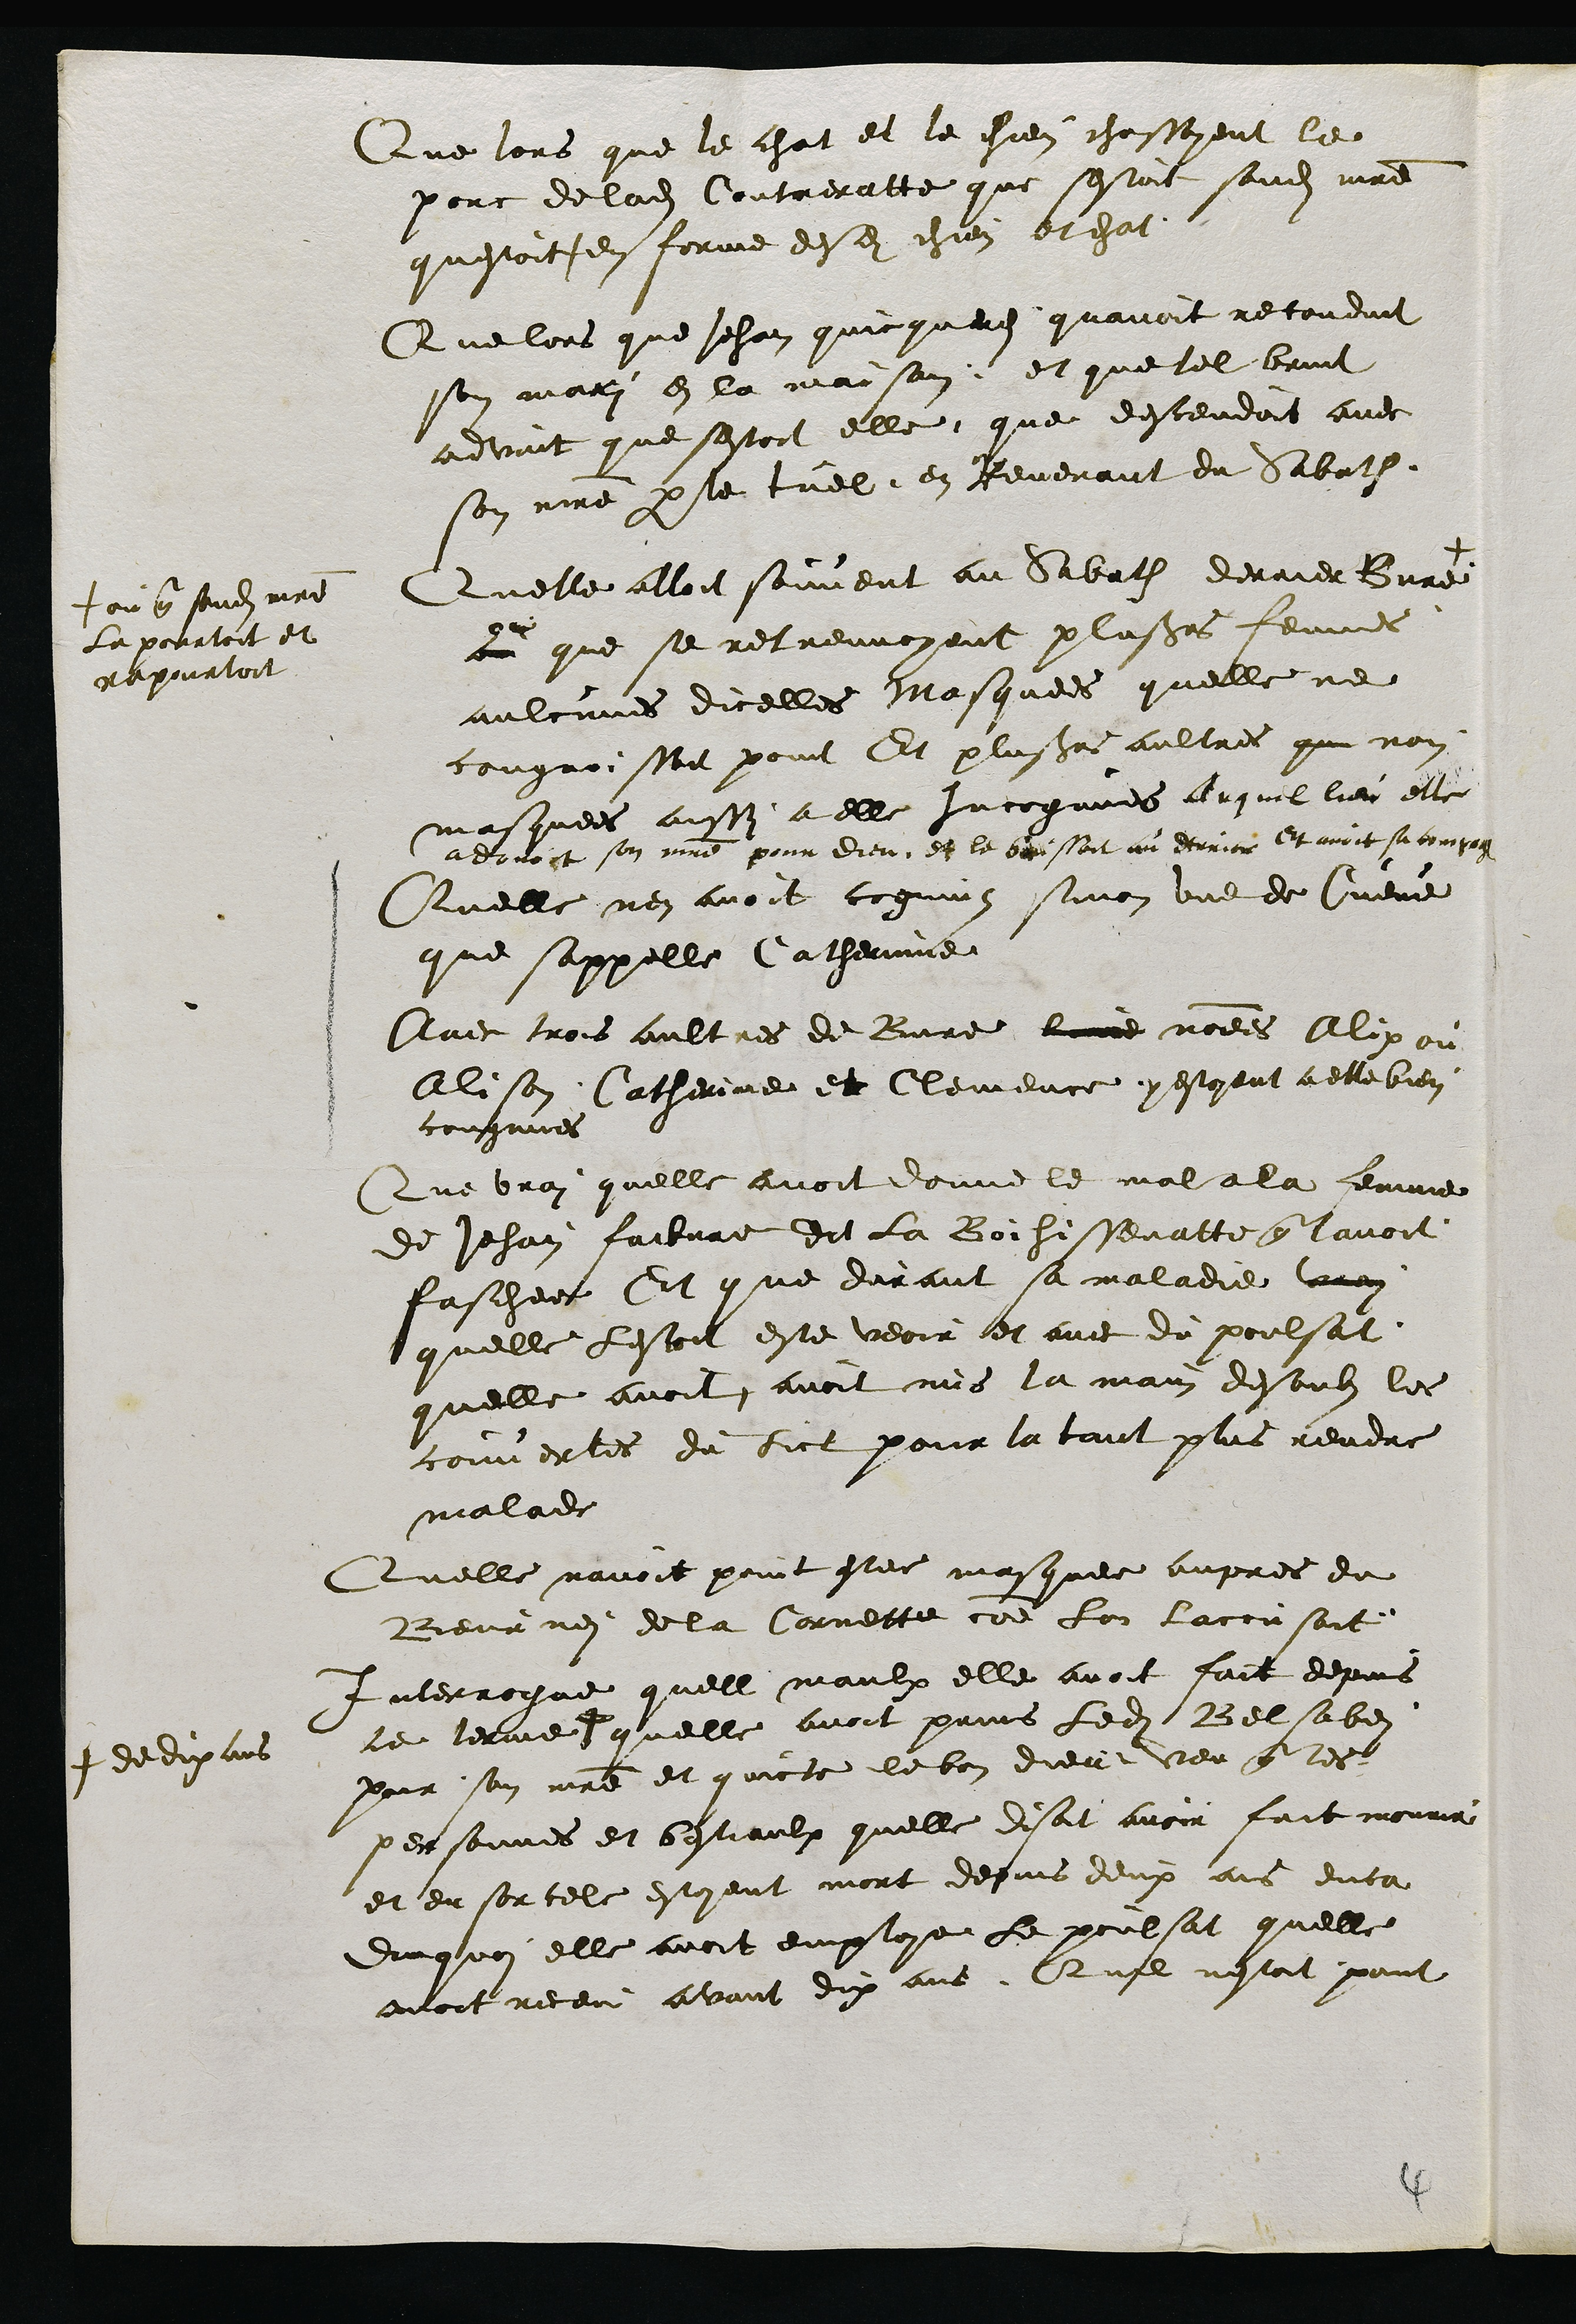
Que lors que le chat et le chien chassoyent le
porc de ladite Contreratte que sestoit sondit maitre
questoit en forme desdits chien et chat.
Que lors que Jehan quicquere quavoit reconduit
son mari en la maison et que tel bruit
advint que sestoit elle que descendoit avec
son maitre par le tuel, en Revenant du Sabath.
Quelle alloit souvent au Sabath derrier Bure +
+ ou que sondit maitre
la pourtoit et
rapourtoit
au que se retreuvoyent plusieurs femmes
aulcunes dicelles Masquees quelle ne
congnoissoit point Et plusieurs aultres que non
masquees aussy a elle Incognues auquel lieu elle
adoroit son maitre pour dieu et le baissoit au derrier Et avoit sa compagnie
Quelle nen avoit cognuz sinon une de Cueve
que sappelle Catherinne
Avec trois aultres de Bure lune nommees Alix ou
Alison Catherine et Clemence y estoyent a elle bien
congnues
Que vray quelle avoit donne le mal a la femme
de Jehan faibvre dit la Boihissenatte que lavoit
faschee Et que durant sa maladie vray
quelle lestoit estee veoir et avec du poulsat
quelle avoit, avoit mis la main desoubs les
couvertes du lict pour la tant plus rendre
malade
Quelle navoit point estee masquee aupres du
Beurney de la Cornette comme lon laccusoit
Interrogue quell maulx elle avoit fait depuis
le terme +
+ de dix ans
quelle avoit prins ledit Belsabee
pour son maitre et quicte le bon dieu veu que les
personnes et bestiaulx quelle disoit avoir fait mourir
et en sorcele estoyent mort depuis deux ans enca
ennquoi elle avoit employe le poulsat quelle
avoit receu avant dix ans. Quil nestoit point
4